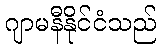
ဂျာမနီနိုင်ငံသည်